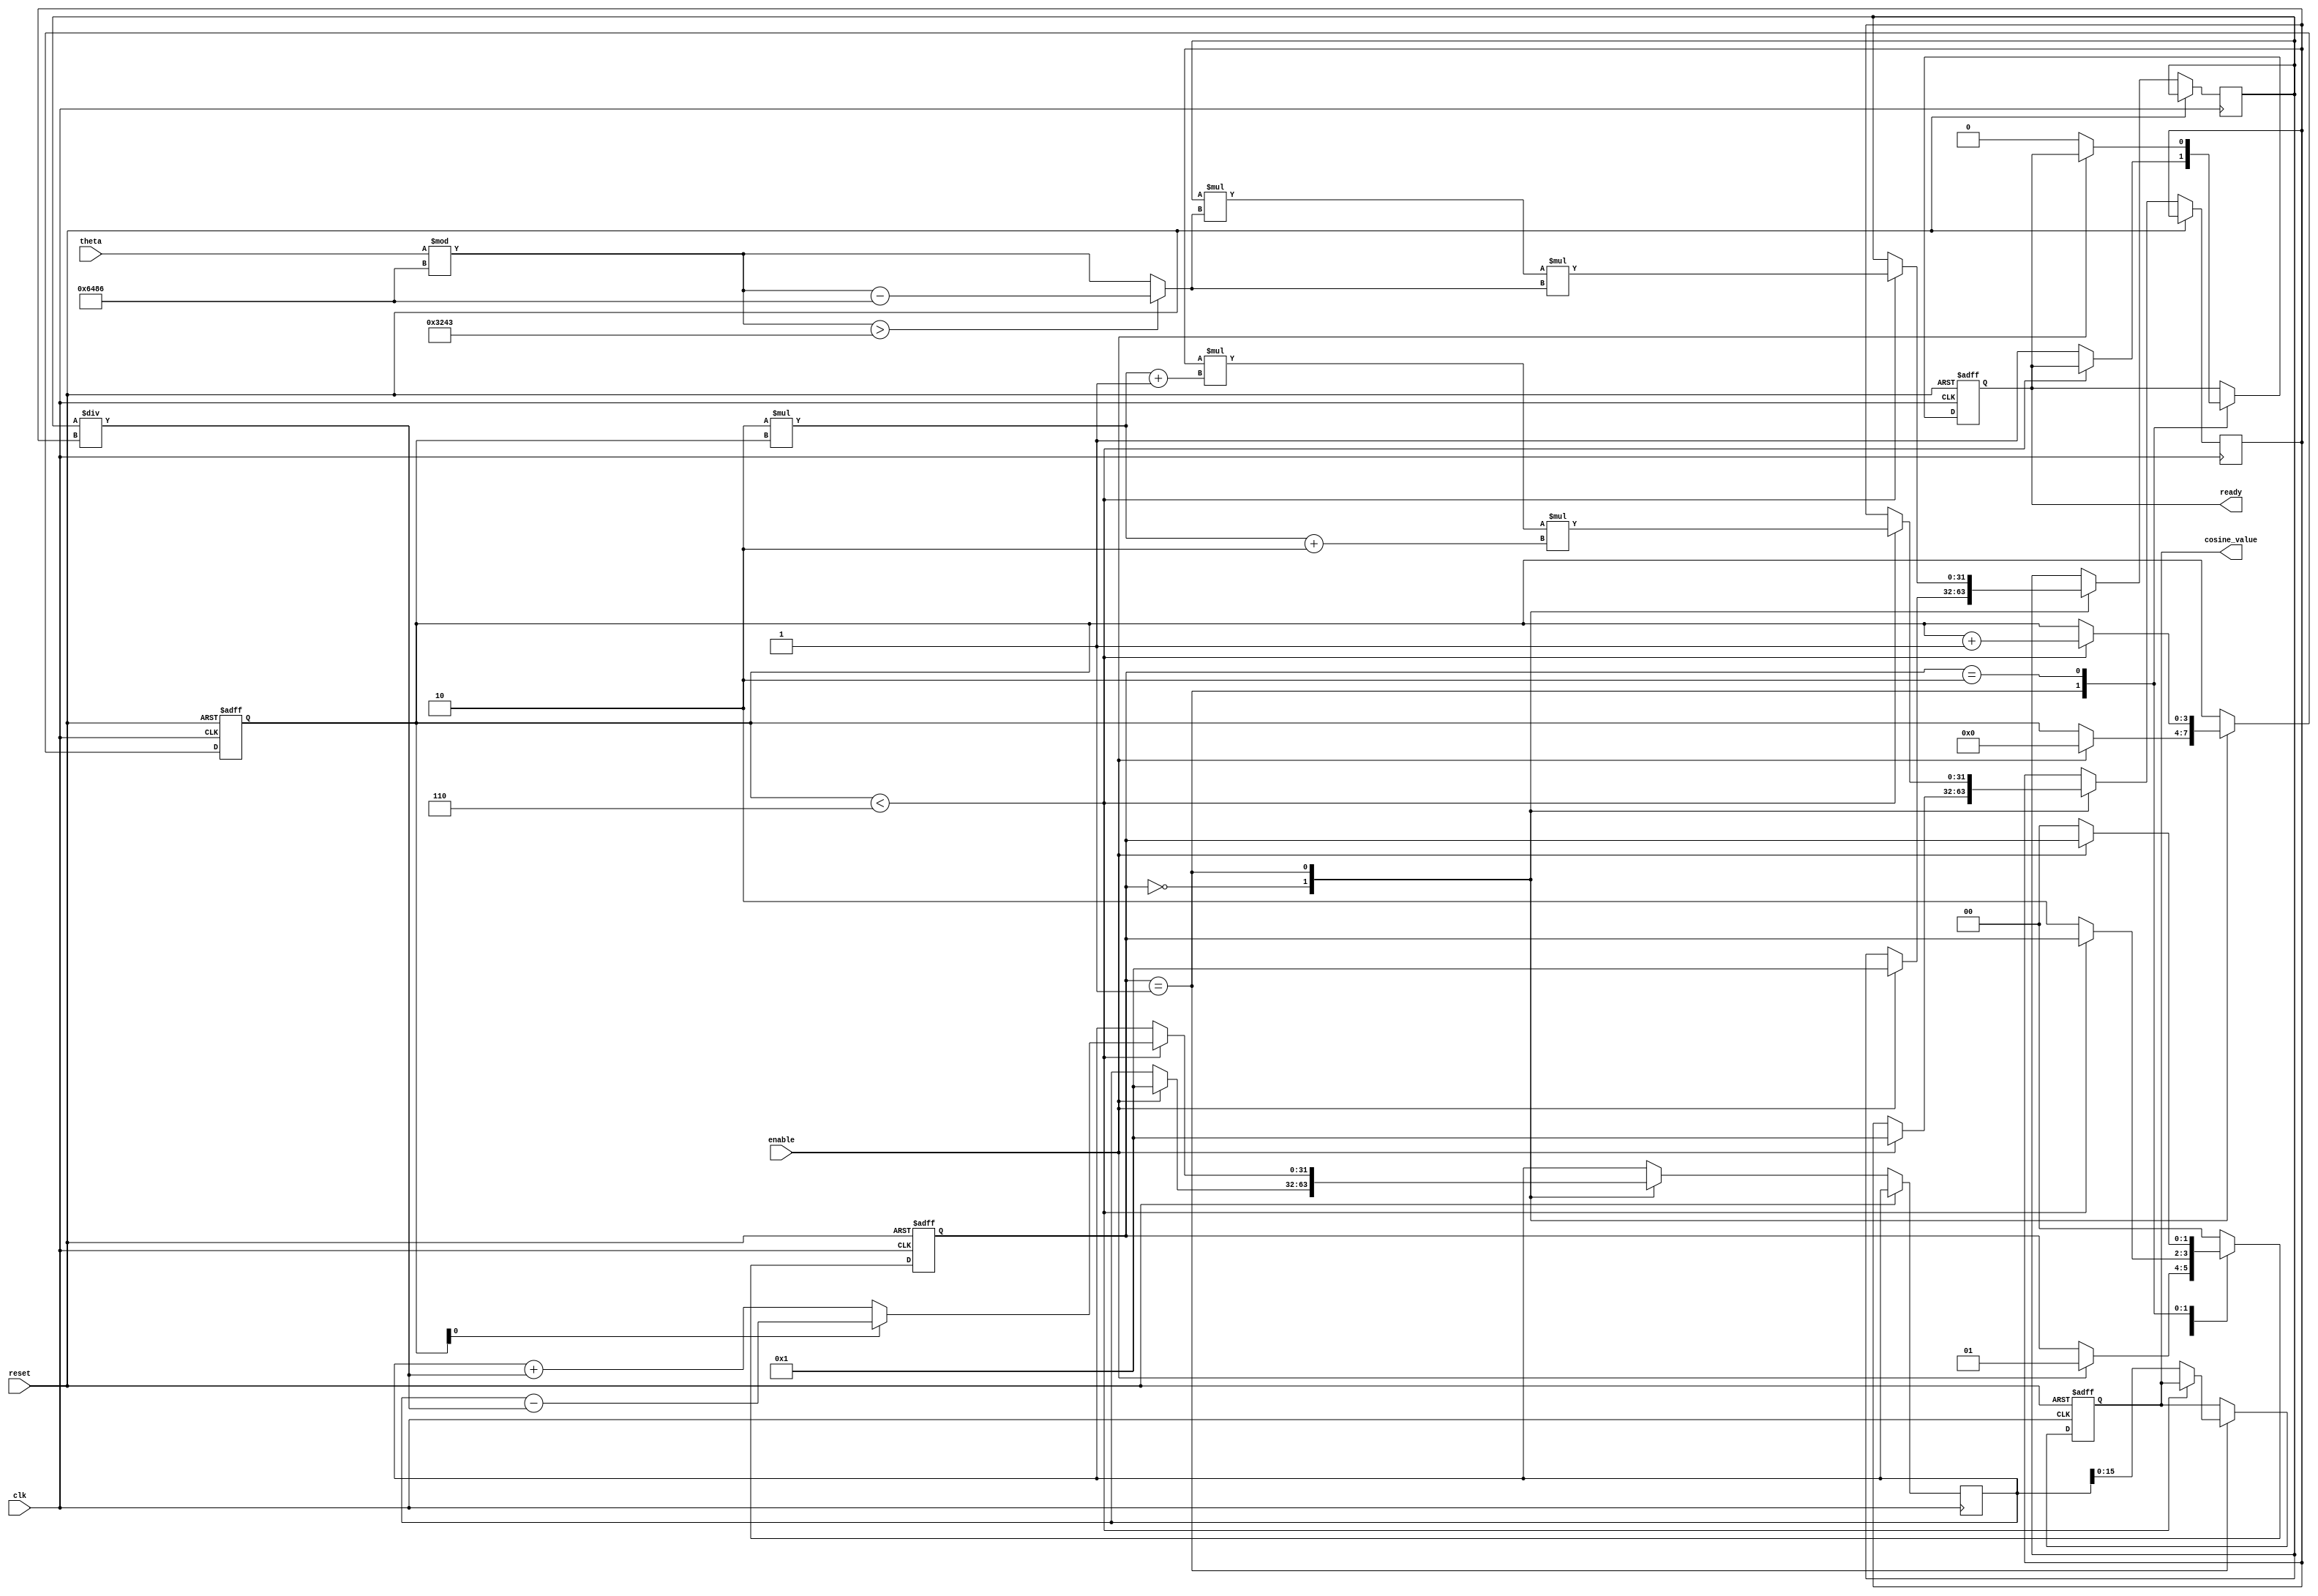
module cosine_block (
    input wire clk,
    input wire reset,
    input wire enable,
    input wire signed [15:0] theta,  // Input angle in Q1.15 format
    output reg signed [15:0] cosine_value,  // Output cosine value in Q1.15 format
    output reg ready  // Signal indicating computation is complete
);

// Parameters
localparam PI = 16'h3243; // Pi in Q1.15 format (approximately 3.14159)
localparam TWO_PI = 16'h6486; // 2*Pi in Q1.15 format (approximately 6.28318)

// Internal Variables
reg signed [15:0] normalized_theta;
reg [3:0] term_count; // Number of terms in Taylor series
reg signed [31:0] taylor_sum;
reg signed [31:0] x_square;
reg signed [31:0] factorial;
reg signed [31:0] power;
reg [1:0] state; // State variable for FSM

// State encoding
parameter IDLE = 2'b00, COMPUTE = 2'b01, FINISH = 2'b10;

// Range reduction
always @(*) begin
    normalized_theta = theta % TWO_PI;
    if (normalized_theta > PI) begin
        normalized_theta = normalized_theta - TWO_PI; // Normalize to [-, ]
    end
end

// Taylor series computation
always @(posedge clk or posedge reset) begin
    if (reset) begin
        cosine_value <= 16'b0;
        ready <= 1'b0;
        state <= IDLE;
        term_count <= 4'b0;
    end else begin
        case (state)
            IDLE: begin
                if (enable) begin
                    // Reset the Taylor series variables
                    taylor_sum <= 32'h00000001; // Starting with 1
                    x_square <= normalized_theta * normalized_theta; // ^2
                    factorial <= 32'h00000001; // Starting factorial 0!
                    power <= 32'h00000001; // Starting power (^0)
                    term_count <= 4'b0;
                    state <= COMPUTE;
                end
            end
            
            COMPUTE: begin
                if (term_count < 4'd6) begin // Limit to 6 terms for Taylor series
                    // Calculate the next term
                    if (term_count[0] == 1'b0) begin // Even term (positive)
                        taylor_sum <= taylor_sum + (power / factorial);
                    end else begin // Odd term (negative)
                        taylor_sum <= taylor_sum - (power / factorial);
                    end

                    // Update power and factorial for next term
                    power <= (power * normalized_theta * normalized_theta); // ^(2n)
                    factorial <= factorial * ((2 * term_count) + 1) * ((2 * term_count) + 2); // (2n)!
                    term_count <= term_count + 1;
                end else begin
                    // Finished computing Taylor series
                    cosine_value <= taylor_sum[15:0]; // Convert to Q1.15
                    ready <= 1'b1; // Indicate the value is ready
                    state <= FINISH;
                end
            end
            
            FINISH: begin
                if (!enable) begin
                    ready <= 1'b0; // Reset ready signal when not enabled
                    state <= IDLE;
                end
            end
            
            default: state <= IDLE;
        endcase
    end
end

endmodule